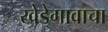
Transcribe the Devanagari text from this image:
खेडेगावाचा